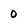
Character: 0